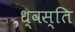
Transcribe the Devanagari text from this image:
ध्वस्ति